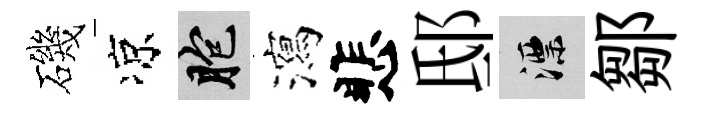
磯凉胞瀉悲邸漂鄒